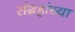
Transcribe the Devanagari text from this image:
संग्रहांच्या